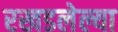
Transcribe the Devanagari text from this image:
रखडलेल्या